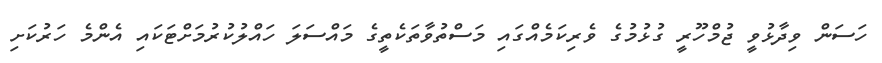
ހަސަން ވިދާޅުވީ ޖުމްހޫރީ ގުޅުމުގެ ވެރިކަމެއްގައި މަސްތުވާތަކެތީގެ މައްސަލަ ހައްލުކުރުމަށްޓަކައި އެންމެ ހަރުކަށި